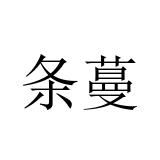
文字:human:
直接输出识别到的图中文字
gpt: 条蔓